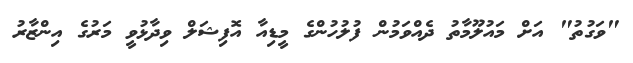
"ވަގުތު" އަށް މައުލޫމާތު ދެއްވަމުން ފުލުހުންގެ މީޑިއާ އޮފިޝަލް ވިދާޅުވީ މަރުގެ އިންޒާރު